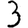
Digit: 3